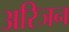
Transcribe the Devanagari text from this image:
अरिजन